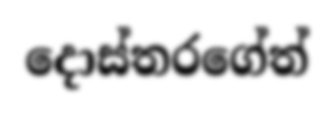
දොස්තරගේත්